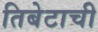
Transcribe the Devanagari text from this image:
तिबेटाची